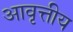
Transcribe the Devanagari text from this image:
आवृत्तीय